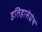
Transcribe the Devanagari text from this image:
इतिहासंग्रंथ